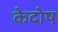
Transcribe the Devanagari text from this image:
केदोष